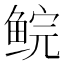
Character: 鲩